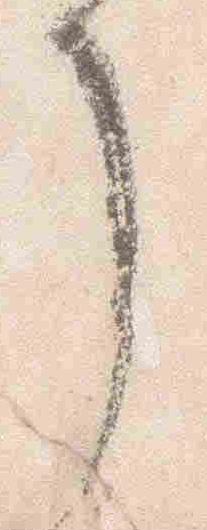
了